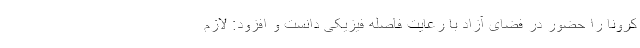
کرونا را حضور در فضای آزاد با رعایت فاصله فیزیکی دانست و افزود: لازم